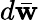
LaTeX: d\bar{\mathbf w}